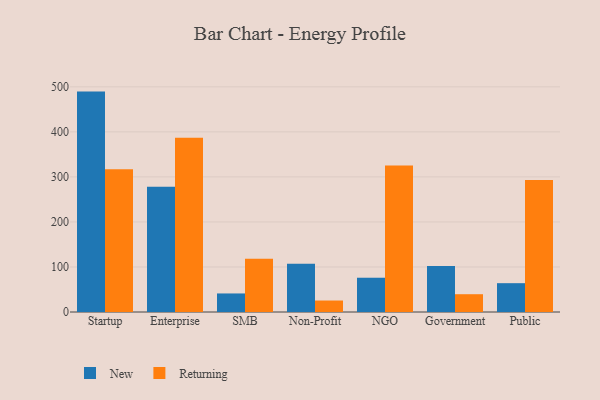
{"axis": {"x": "Segment", "y": "Backlog"}, "legend": ["New", "Returning"], "data": [{"x": "Startup", "y": 489.4, "type": "New"}, {"x": "Startup", "y": 316.7, "type": "Returning"}, {"x": "Enterprise", "y": 278.0, "type": "New"}, {"x": "Enterprise", "y": 386.9, "type": "Returning"}, {"x": "SMB", "y": 41.2, "type": "New"}, {"x": "SMB", "y": 118.5, "type": "Returning"}, {"x": "Non-Profit", "y": 107.3, "type": "New"}, {"x": "Non-Profit", "y": 25.5, "type": "Returning"}, {"x": "NGO", "y": 76.1, "type": "New"}, {"x": "NGO", "y": 325.3, "type": "Returning"}, {"x": "Government", "y": 102.0, "type": "New"}, {"x": "Government", "y": 39.5, "type": "Returning"}, {"x": "Public", "y": 64.0, "type": "New"}, {"x": "Public", "y": 293.0, "type": "Returning"}]}